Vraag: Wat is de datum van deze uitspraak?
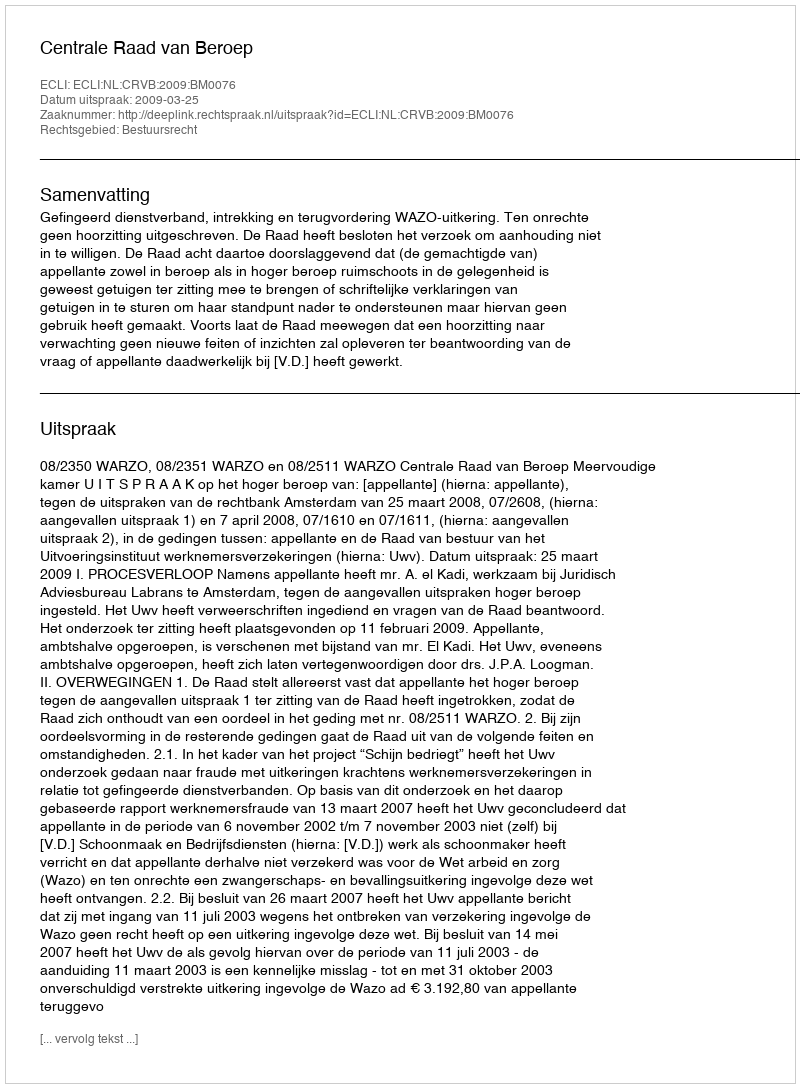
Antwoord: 2009-03-25